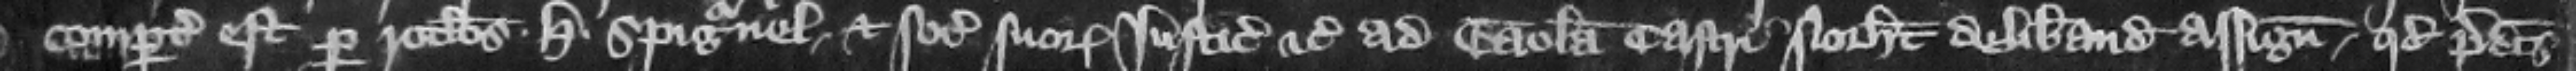
compertum est per rotulos . Henrici Spigurnel. et sociorum suorum iusticiariorum etc. ad gaolam castri Northamton deliberandam assignatorum quod predictus